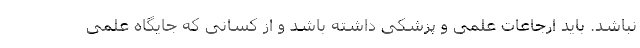
نباشد. باید ارجاعات علمی و پزشکی داشته باشد و از کسانی که جایگاه علمی